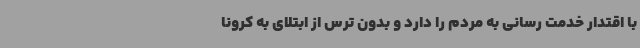
با اقتدار خدمت رسانی به مردم را دارد و بدون ترس از ابتلای به کرونا